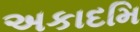
અકાદમિ